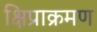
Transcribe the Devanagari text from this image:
क्षिप्राक्रमण